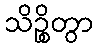
သိဉ္စိတွာ